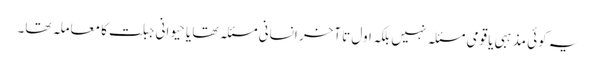
یہ کوئی مذہبی یا قومی مسئلہ نہیں بلکہ اول تا آخر انسانی مسئلہ تھا یا حیوانی جبلت کا معاملہ تھا۔